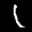
Label: 1